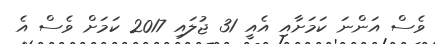
ވެސް އަންނަ ކަމަށާއި އެއީ 31 ޖުލައި 2017 ކަމަށް ވެސް އެ